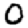
Digit: 0